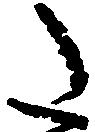
た